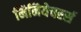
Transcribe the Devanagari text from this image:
मिनियेचरर्स